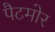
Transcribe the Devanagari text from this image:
पैटमोर